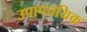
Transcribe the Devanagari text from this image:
उपापचयिक